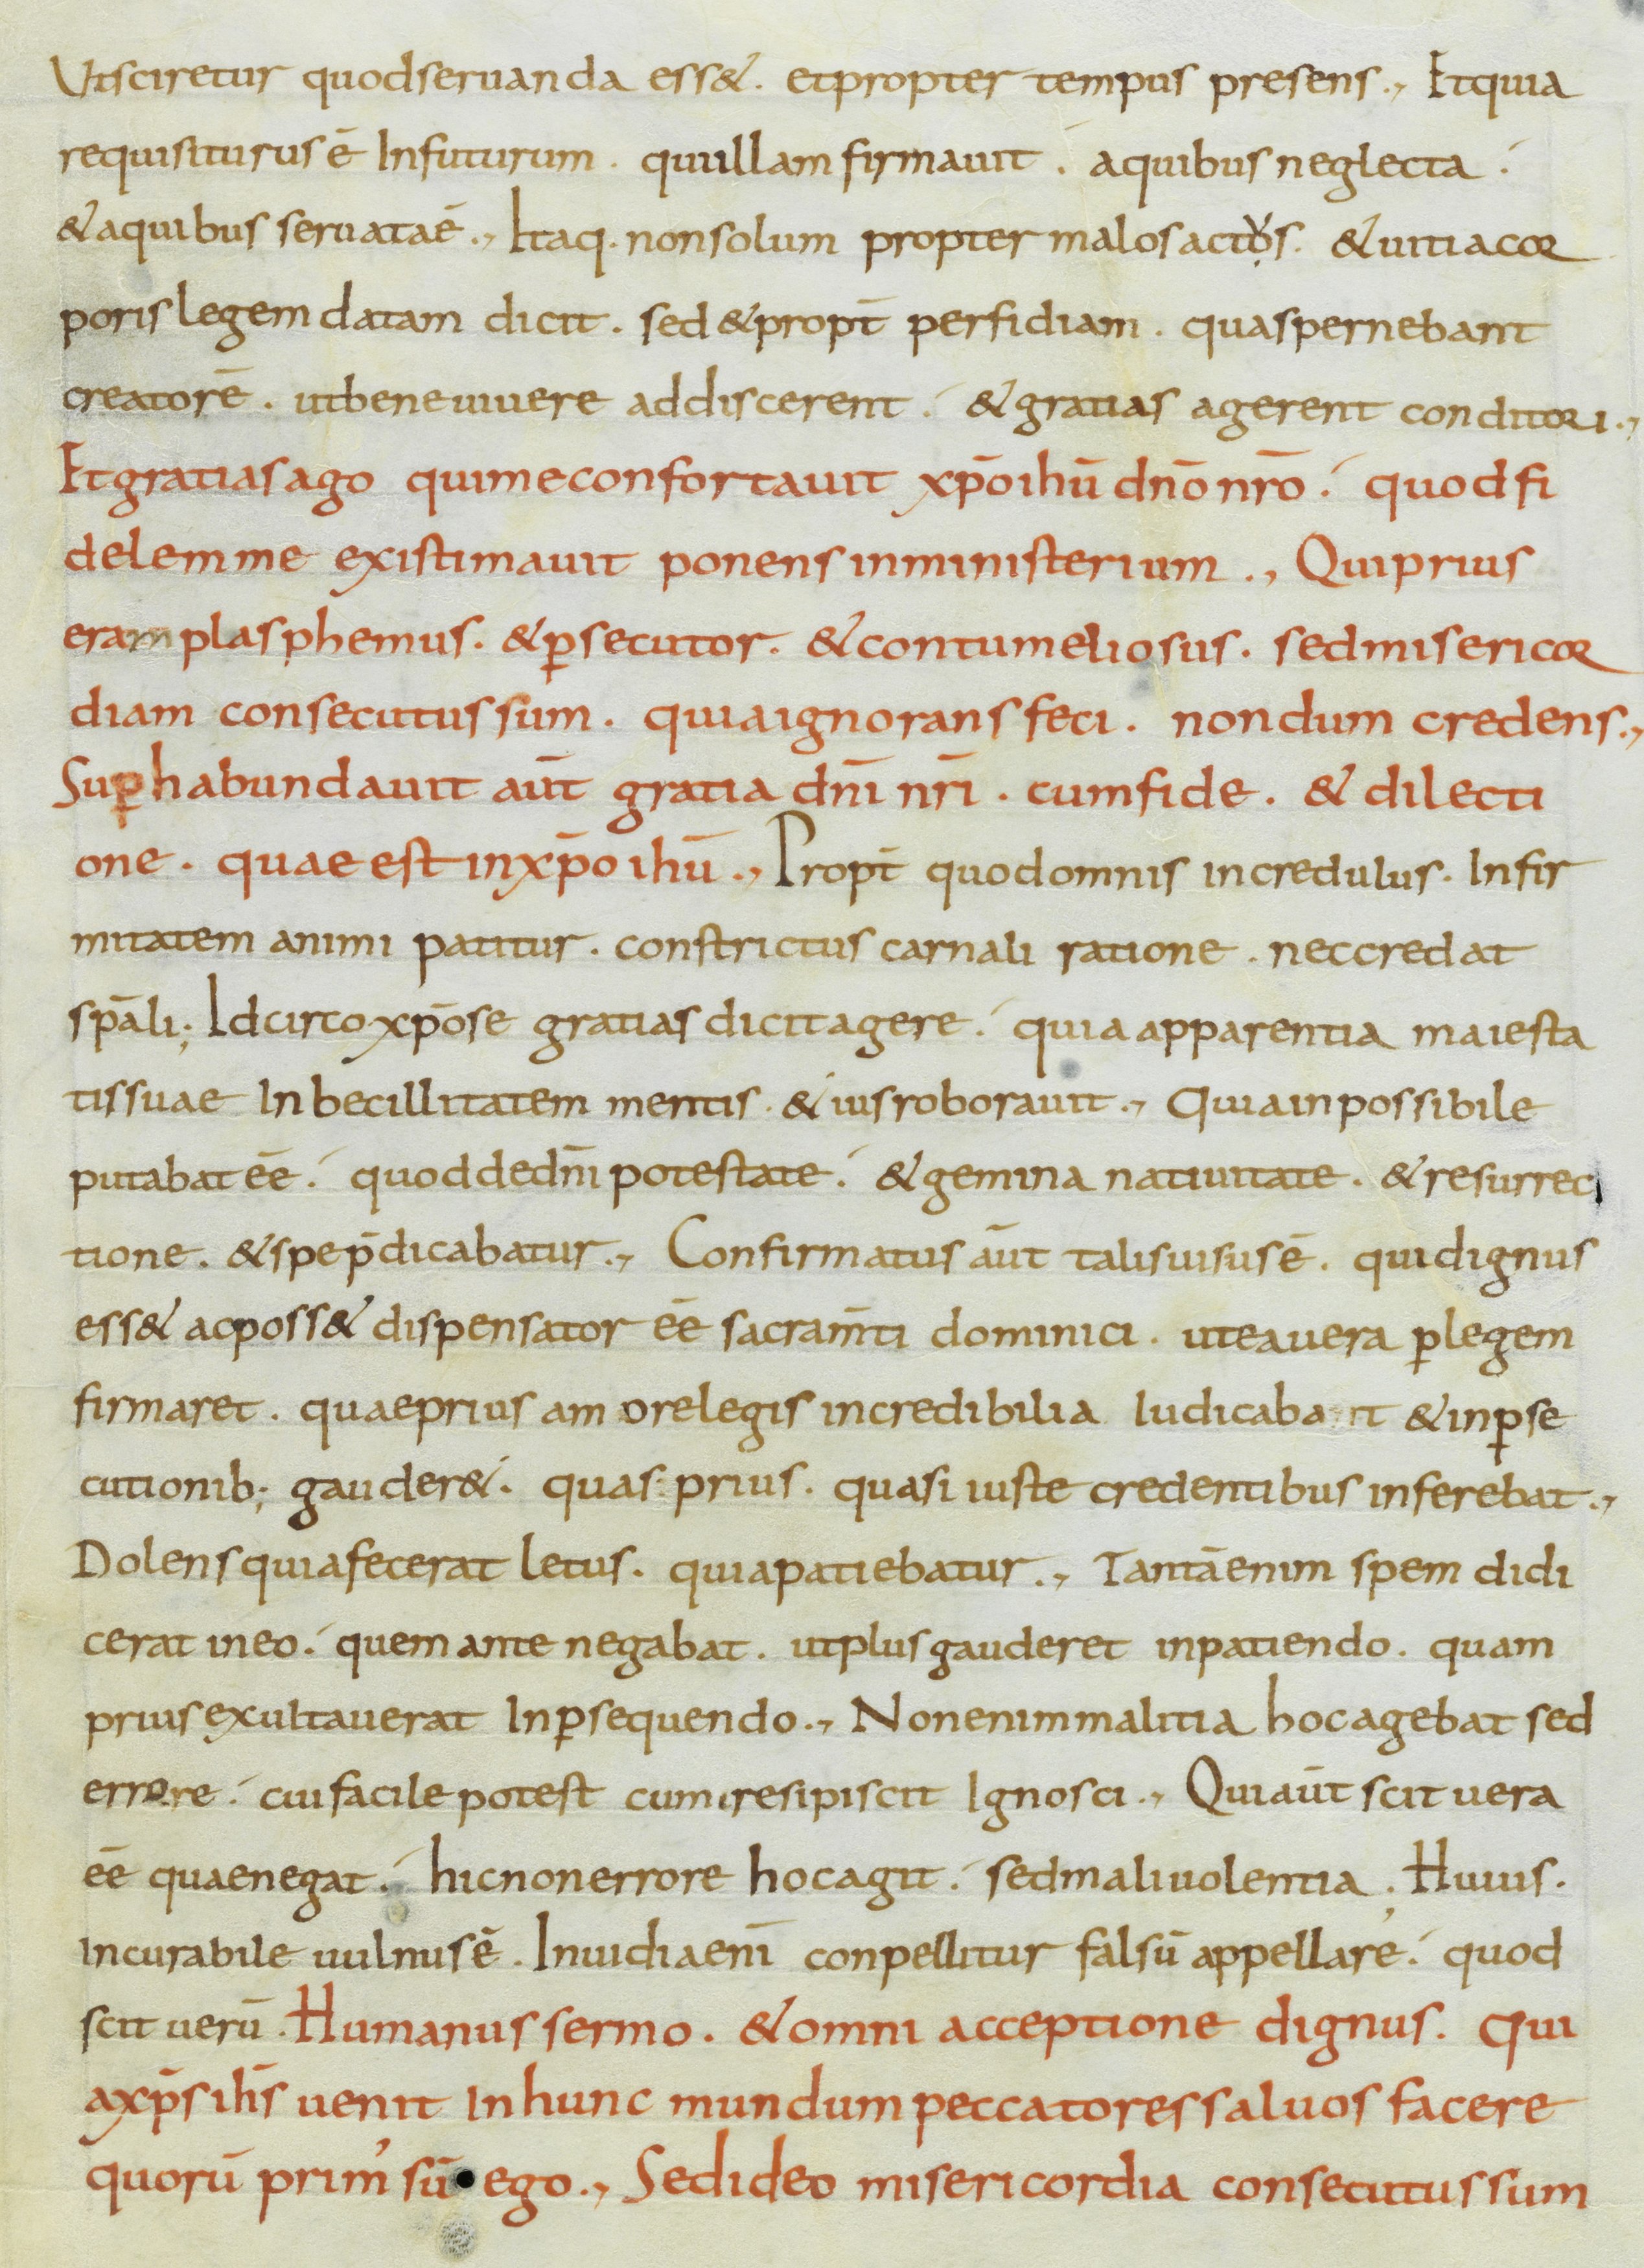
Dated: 800–899